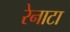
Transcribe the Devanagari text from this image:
रेनाटा